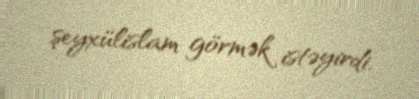
şeyxülislam görmək istəyirdi.